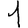
Digit: 1